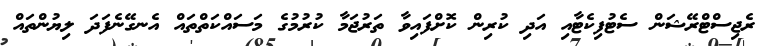
ރެޖިސްޓްރޭޝަން ސެޓުފިކެޓާއި އަދި ކުރިން ކޮށްފައިވާ ތަރުޖަމާ ކުރުމުގެ މަސައްކަތްތައް އެނގޭނެފަދަ ލިޔުންތައް